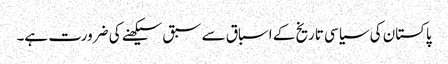
پاکستان کی سیاسی تاریخ کے اسباق سے سبق سیکھنے کی ضرورت ہے۔